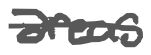
Text: areas
Cross-out: single-line
Writing tool: digital_gray